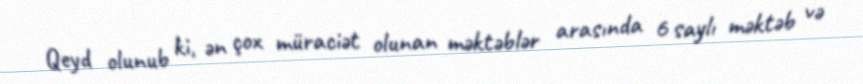
Qeyd olunub ki, ən çox müraciət olunan məktəblər arasında 6 saylı məktəb və